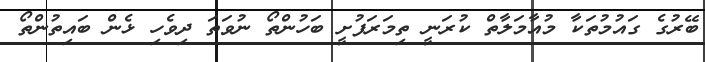
ބޭރުގެ ގައުމުތަކާ މުއާމަލާތް ކުރަނީ ތިމަރަފުށީ ބަހުންތޯ ނުވަތަ ދިވެހި ޅެން ބައިތުންތޯ